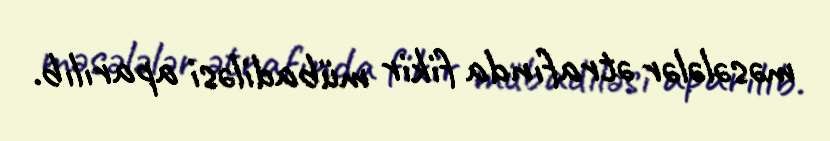
məsələlər ətrafında fikir mübadiləsi aparılıb.